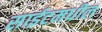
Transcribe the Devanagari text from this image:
साईटमधील